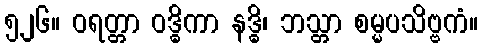
၅၂၆။ ဝရတ္တာ ဝဒ္ဓိကာ နဒ္ဓိ၊ ဘသ္တာ စမ္မပသိဗ္ဗကံ။